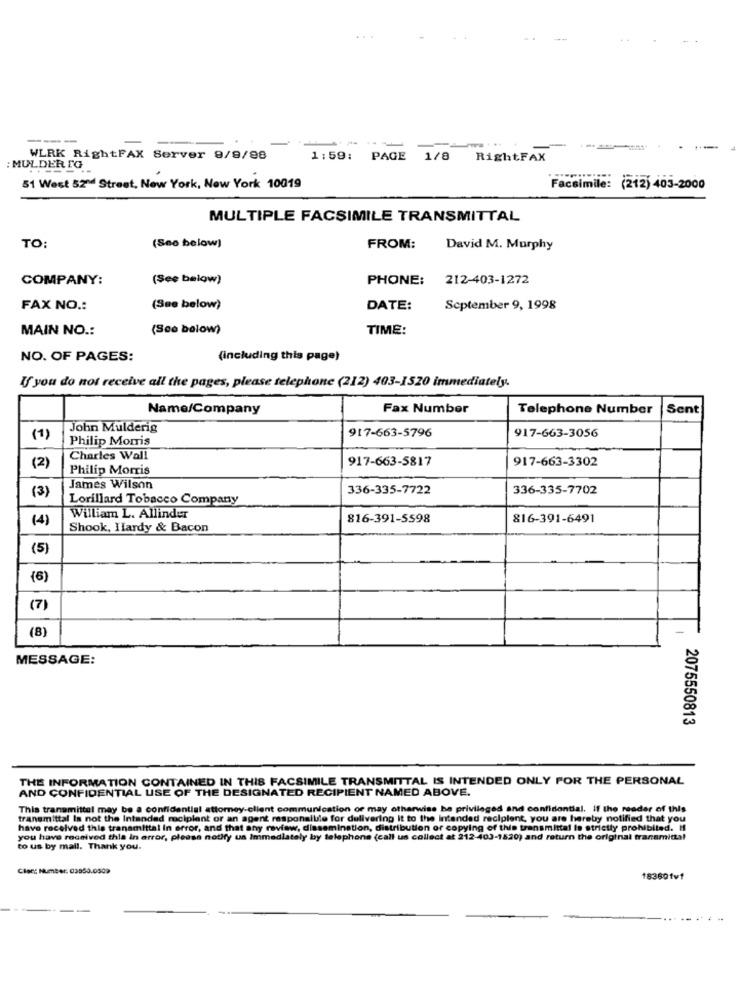
---
4
WLRK RightFAX Server 8/9/98
1:59: PAGE
1/8 RightFAX
: MULDER TG
51 West 52ªd Street, New York, New York 10019
Facsimile: (212) 403-2000
MULTIPLE FACSIMILE TRANSMITTAL
TO:
(See below]
FROM:
David M. Murphy
COMPANY:
(See below)
PHONE: 212-403-1272
FAX NO .:
(See below)
DATE:
September 9, 1998
MAIN NO .:
(Sco below)
TIME:
NO. OF PAGES:
(including this page)
If you do not receive all the pages, please telephone (212) 403-1520 immediately.
Name/Company
Fax Number
Telephone Number
Sent
John Mulderig
917-663-5796
917-663-3056
(1)
Philip Morris
(2)
Charles Wall
917-663-5817
917-663-3302
Philip Morris
(3)
James Wilson
336-335-7722
336-335-7702
Lorillard Tobacco Company
(4)
William L. Allinder
816-391-5598
816-391-6491
Shook, Hardy & Bacon
(5)
(6)
(7)
(8)
MESSAGE:
2075550813
THE INFORMATION CONTAINED IN THIS FACSIMILE TRANSMITTAL IS INTENDED ONLY FOR THE PERSONAL
AND CONFIDENTIAL USE OF THE DESIGNATED RECIPIENT NAMED ABOVE.
This transmittal may be a confidential attorney-client communication or may otherwise be privileged and confidential. if the reader of this
transmittal Is not the Intended recipient or an agent responsible for delivering it to the Intended recipient, you are hereby notified that you
have received this transmittal In error, and that any review, dissemination, distribution or copying of this transmittal is strictly prohibited. Il
you have received this in error, please notify us Immediately by telephone (call us collect at 212-403-1520) and return the original transmittal
to us by mail. Thank you.
Clec: Number: 03953.0509
183601v1